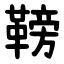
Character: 䩷